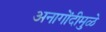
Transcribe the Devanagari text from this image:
अनागोंदीमुळे